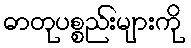
ဓာတုပစ္စည်းများကို